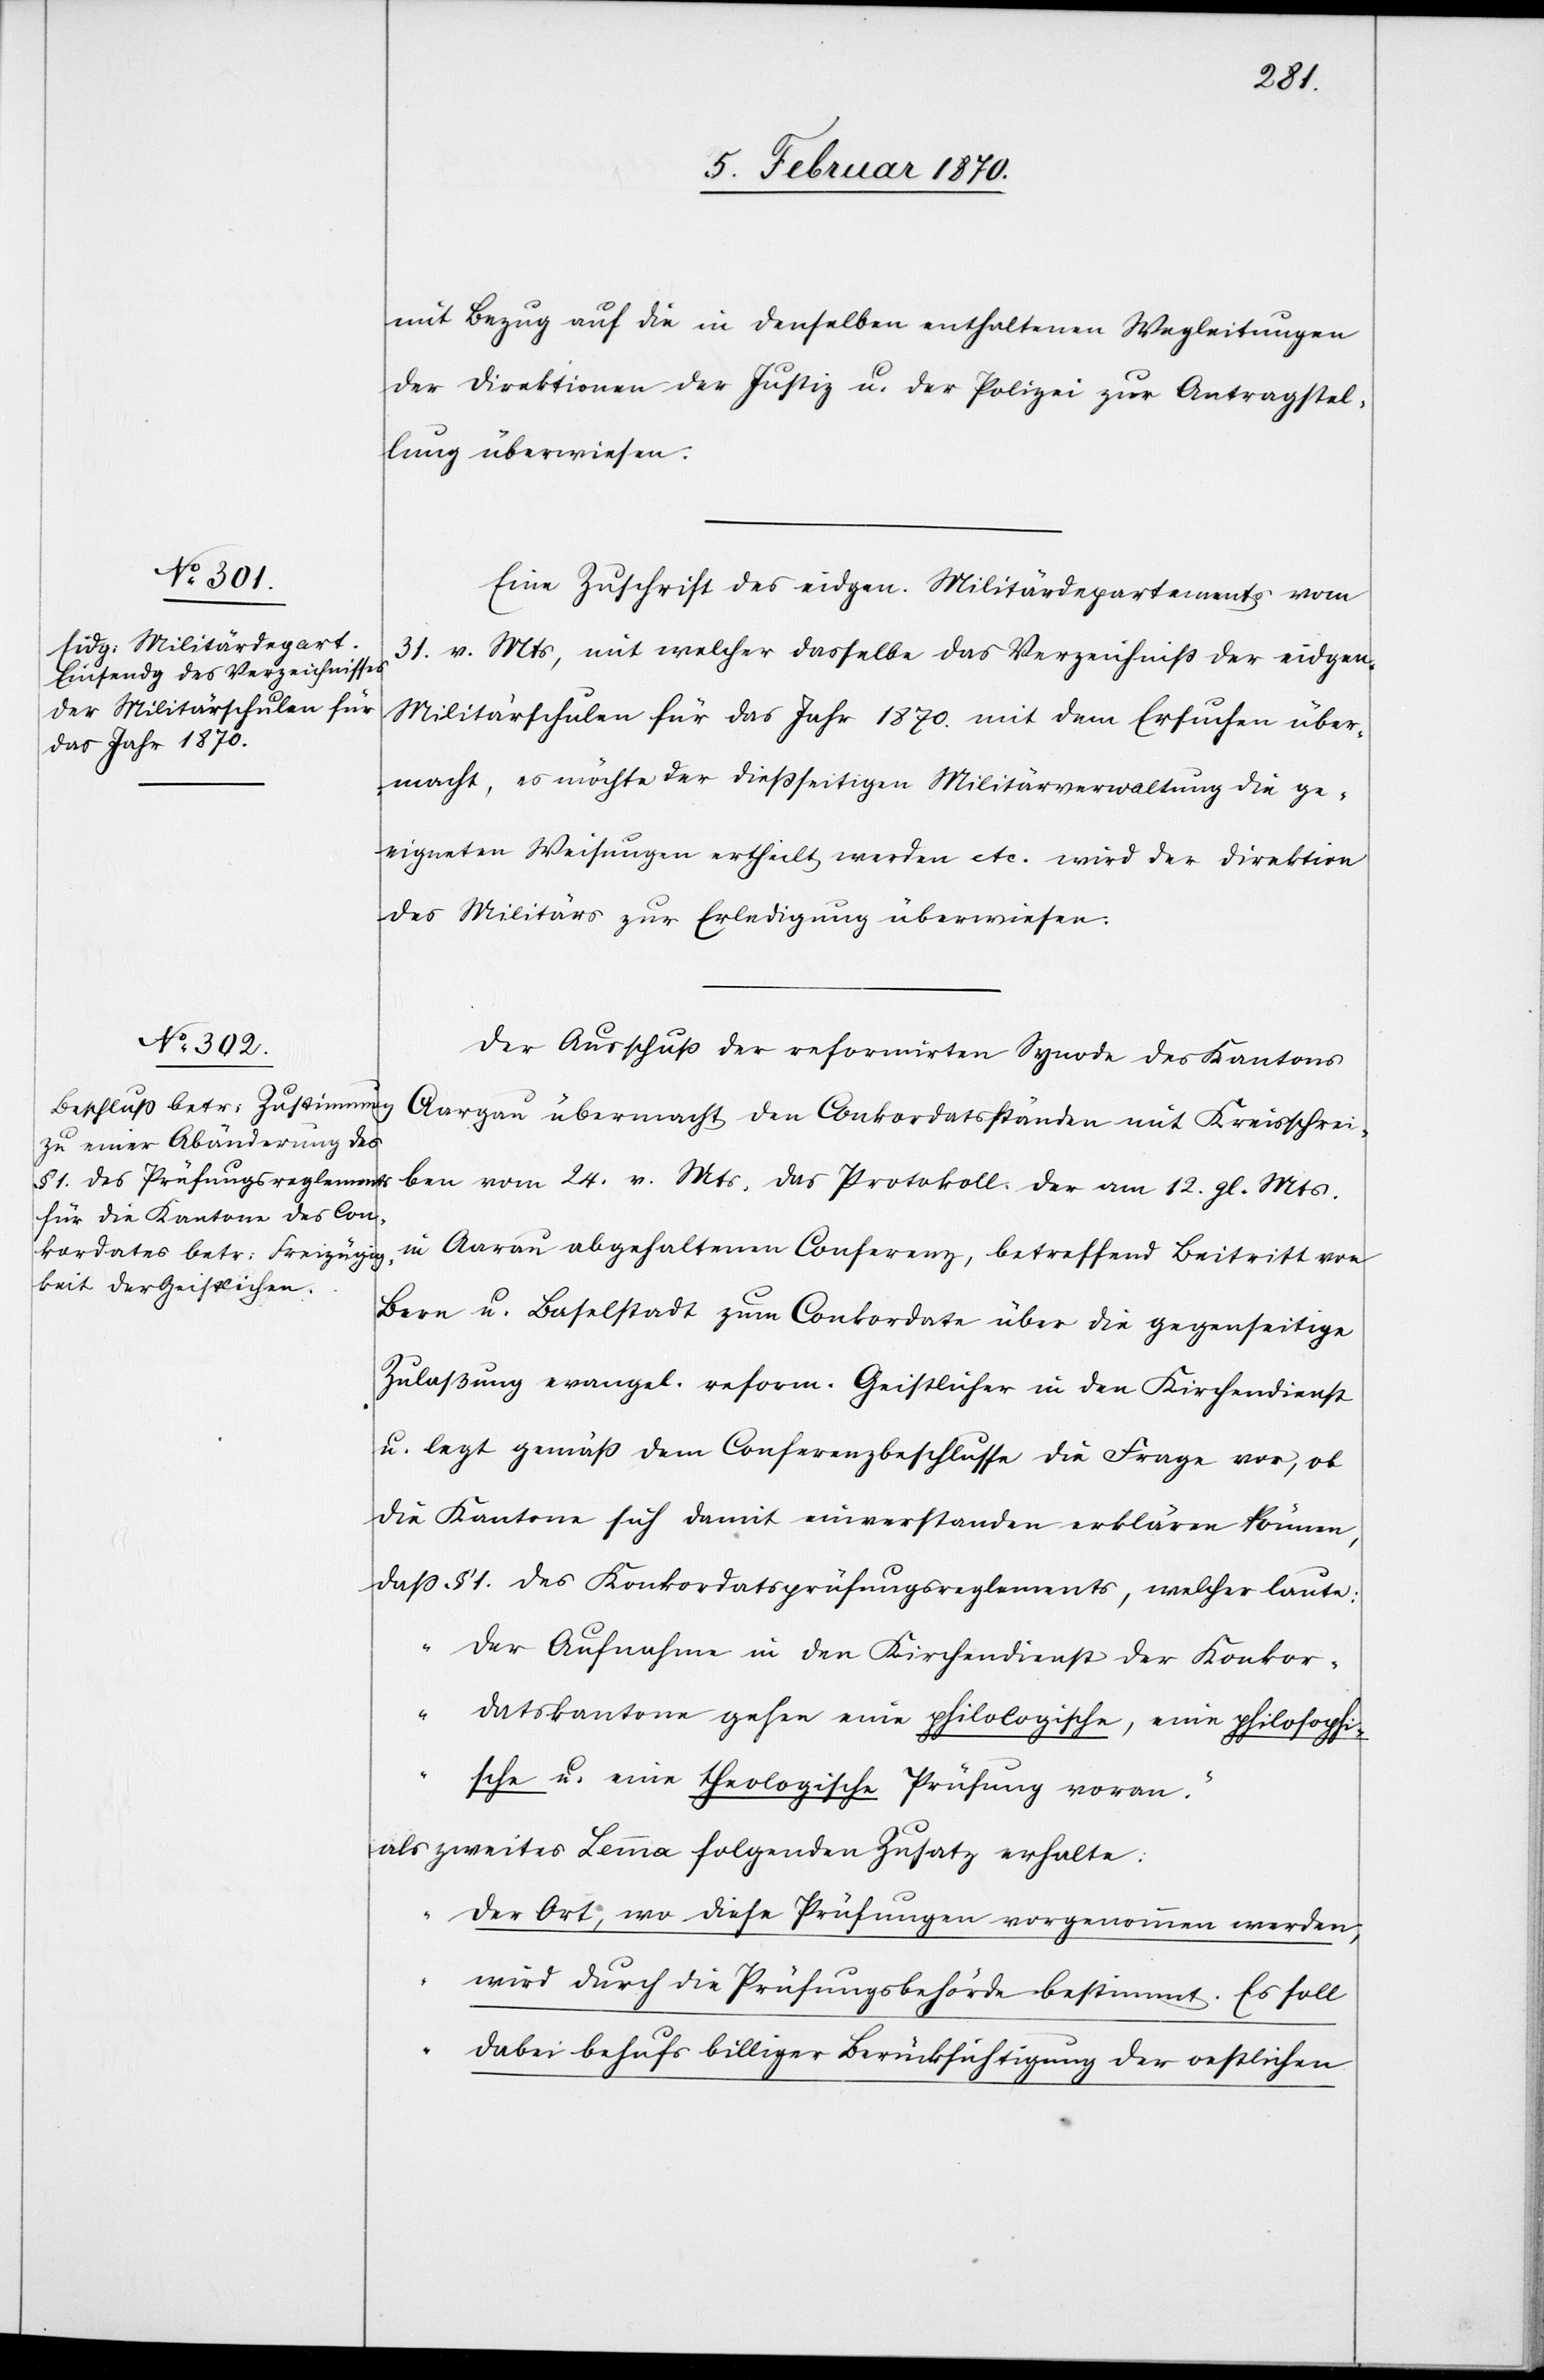
g. Mts.
mit Bezug auf die in denselben enthaltenen Wegleitungen
der Direktionen der Justiz u. der Polizei zur Antragstel¬
lung überwiesen.
Eine Zuschrift des eidgen. Militärdepartements vom
31. v. Mts, mit welcher dasselbe das Verzeichniss der eidgen.
Militärschulen für das Jahr 1870. mit dem Ersuchen über¬
macht, es möchte der dießseitigen Militärverwaltung die ge¬
eigneten Weisungen ertheilt werden etc. wird der Direktion
des Militärs zur Erledigung überweisen.
Der Ausschuss der reformirten Synode des Kantons
Aargau übermacht den Conkordatsständen mit Kreisschrei¬
in Aarau abgehaltenen Conferenz, betreffend Beitritt von
Bern u. Baselstadt zum Conkordate über die gegenseitige
Zulaßung evangel. reform. Geistlicher in den Kirchendienst
u. legt gemäß dem Conferenzbeschlusse die Frage vor, ob
die Kantone sich damit einverstanden erklären können,
dass § 1. des Konkordatsprüfungsreglements, welcher laute:
„Der Aufnahme in den Kirchendienst der Konkor¬
ben
datskantone gehen eine philologische, eine philosophi¬
sche u. eine theologische Prüfung voran.“
als zweites Lemma folgenden Zusatz erhalte:
„Der Ort, wo diese Prüfungen vorgenommen werden,
wird durch die Prüfungsbehörde bestimmt. Es soll
dabei behufs billiger Berücksichtigung der oestlichen